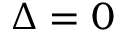
\Delta = 0